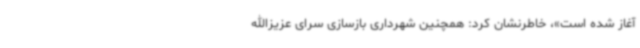
آغاز شده است»، خاطرنشان کرد: همچنین شهرداری بازسازی سرای عزیزالله